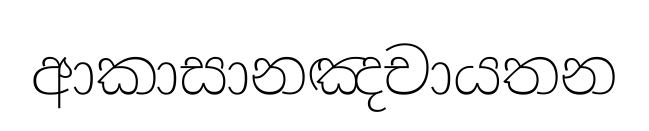
ආකාසානඤචායතන